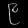
Digit: ၉